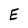
Character: E